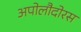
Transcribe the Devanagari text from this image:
अपोलौदोरस